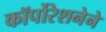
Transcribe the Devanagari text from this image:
कॉर्पोरेशनेने